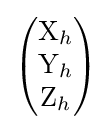
{\begin{pmatrix}\mathrm {X} _{h}\\\mathrm {Y} _{h}\\\mathrm {Z} _{h}\\\end{pmatrix}}